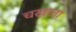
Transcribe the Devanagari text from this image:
चखाता